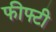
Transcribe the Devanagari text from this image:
फीफ्टी